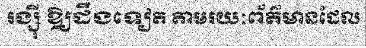
រង្ស៊ី ឱ្យដឹងទៀត តាមរយៈព័ត៌មានដែល